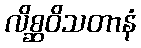
လိစ္ဆဝိသတာနံ